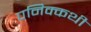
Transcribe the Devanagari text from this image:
पनिक्कथी